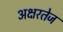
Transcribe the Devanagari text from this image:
अक्षरतेज